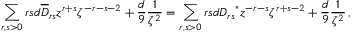
\sum _ { r , s > 0 } r s d \overline { { D } } _ { r s } z ^ { r + s } \zeta ^ { - r - s - 2 } + { \frac { d } { 9 } } { \frac { 1 } { \zeta ^ { 2 } } } = \sum _ { r , s > 0 } r s d { D _ { r s } } ^ { \ast } z ^ { - r - s } \zeta ^ { r + s - 2 } + { \frac { d } { 9 } } { \frac { 1 } { \zeta ^ { 2 } } } \, ,